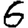
Digit: 6